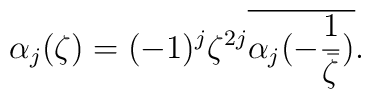
\alpha_{j}(\zeta)=(-1)^{j}\zeta^{2j}\overline{\alpha_{j}(-\frac{1}{\bar{\zeta}})}.